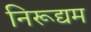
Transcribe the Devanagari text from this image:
निरूद्यम